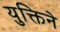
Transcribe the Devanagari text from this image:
युक्तिने